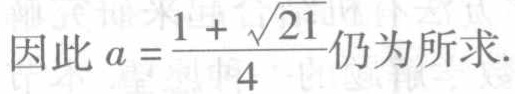
因此 \(a = \frac{1 + \sqrt{21}}{4}\)仍为所求.